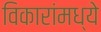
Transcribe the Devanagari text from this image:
विकारांमध्ये